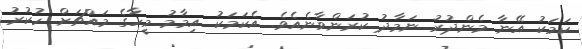
ކަމަކު އޭނާ މެންދުރު ނަމާދު ކުރަންވާނެއެވެ. އެކަމަކު އިމާމު މީހާގެ މައްޗަށް ހުކުރު